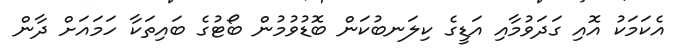
އެކަމަކު އޮއި ގަދަވުމާއި އަޑީގެ ކިލަނބުކަން ބޮޑުވުމުން ބޯޓުގެ ބައިތަކާ ހަމައަށް ދާން